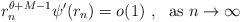
LaTeX: \begin{align*}r_n^{\theta+M-1}\psi'(r_n)=o(1)\ , \ \hbox{ as }n\to \infty\end{align*}